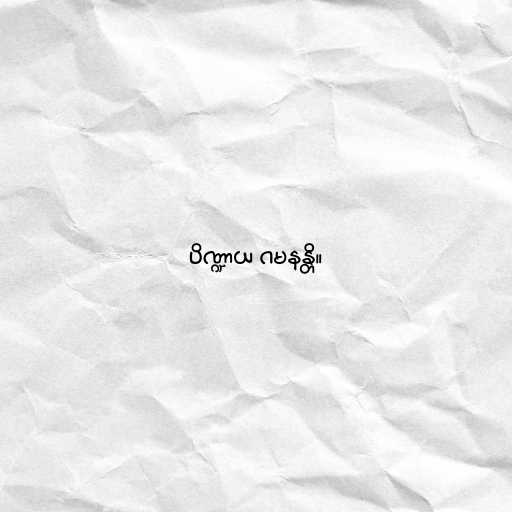
ပိဏ္ဍာယ ဂမနန္တိ။